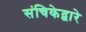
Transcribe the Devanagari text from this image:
संचिकेद्वारे